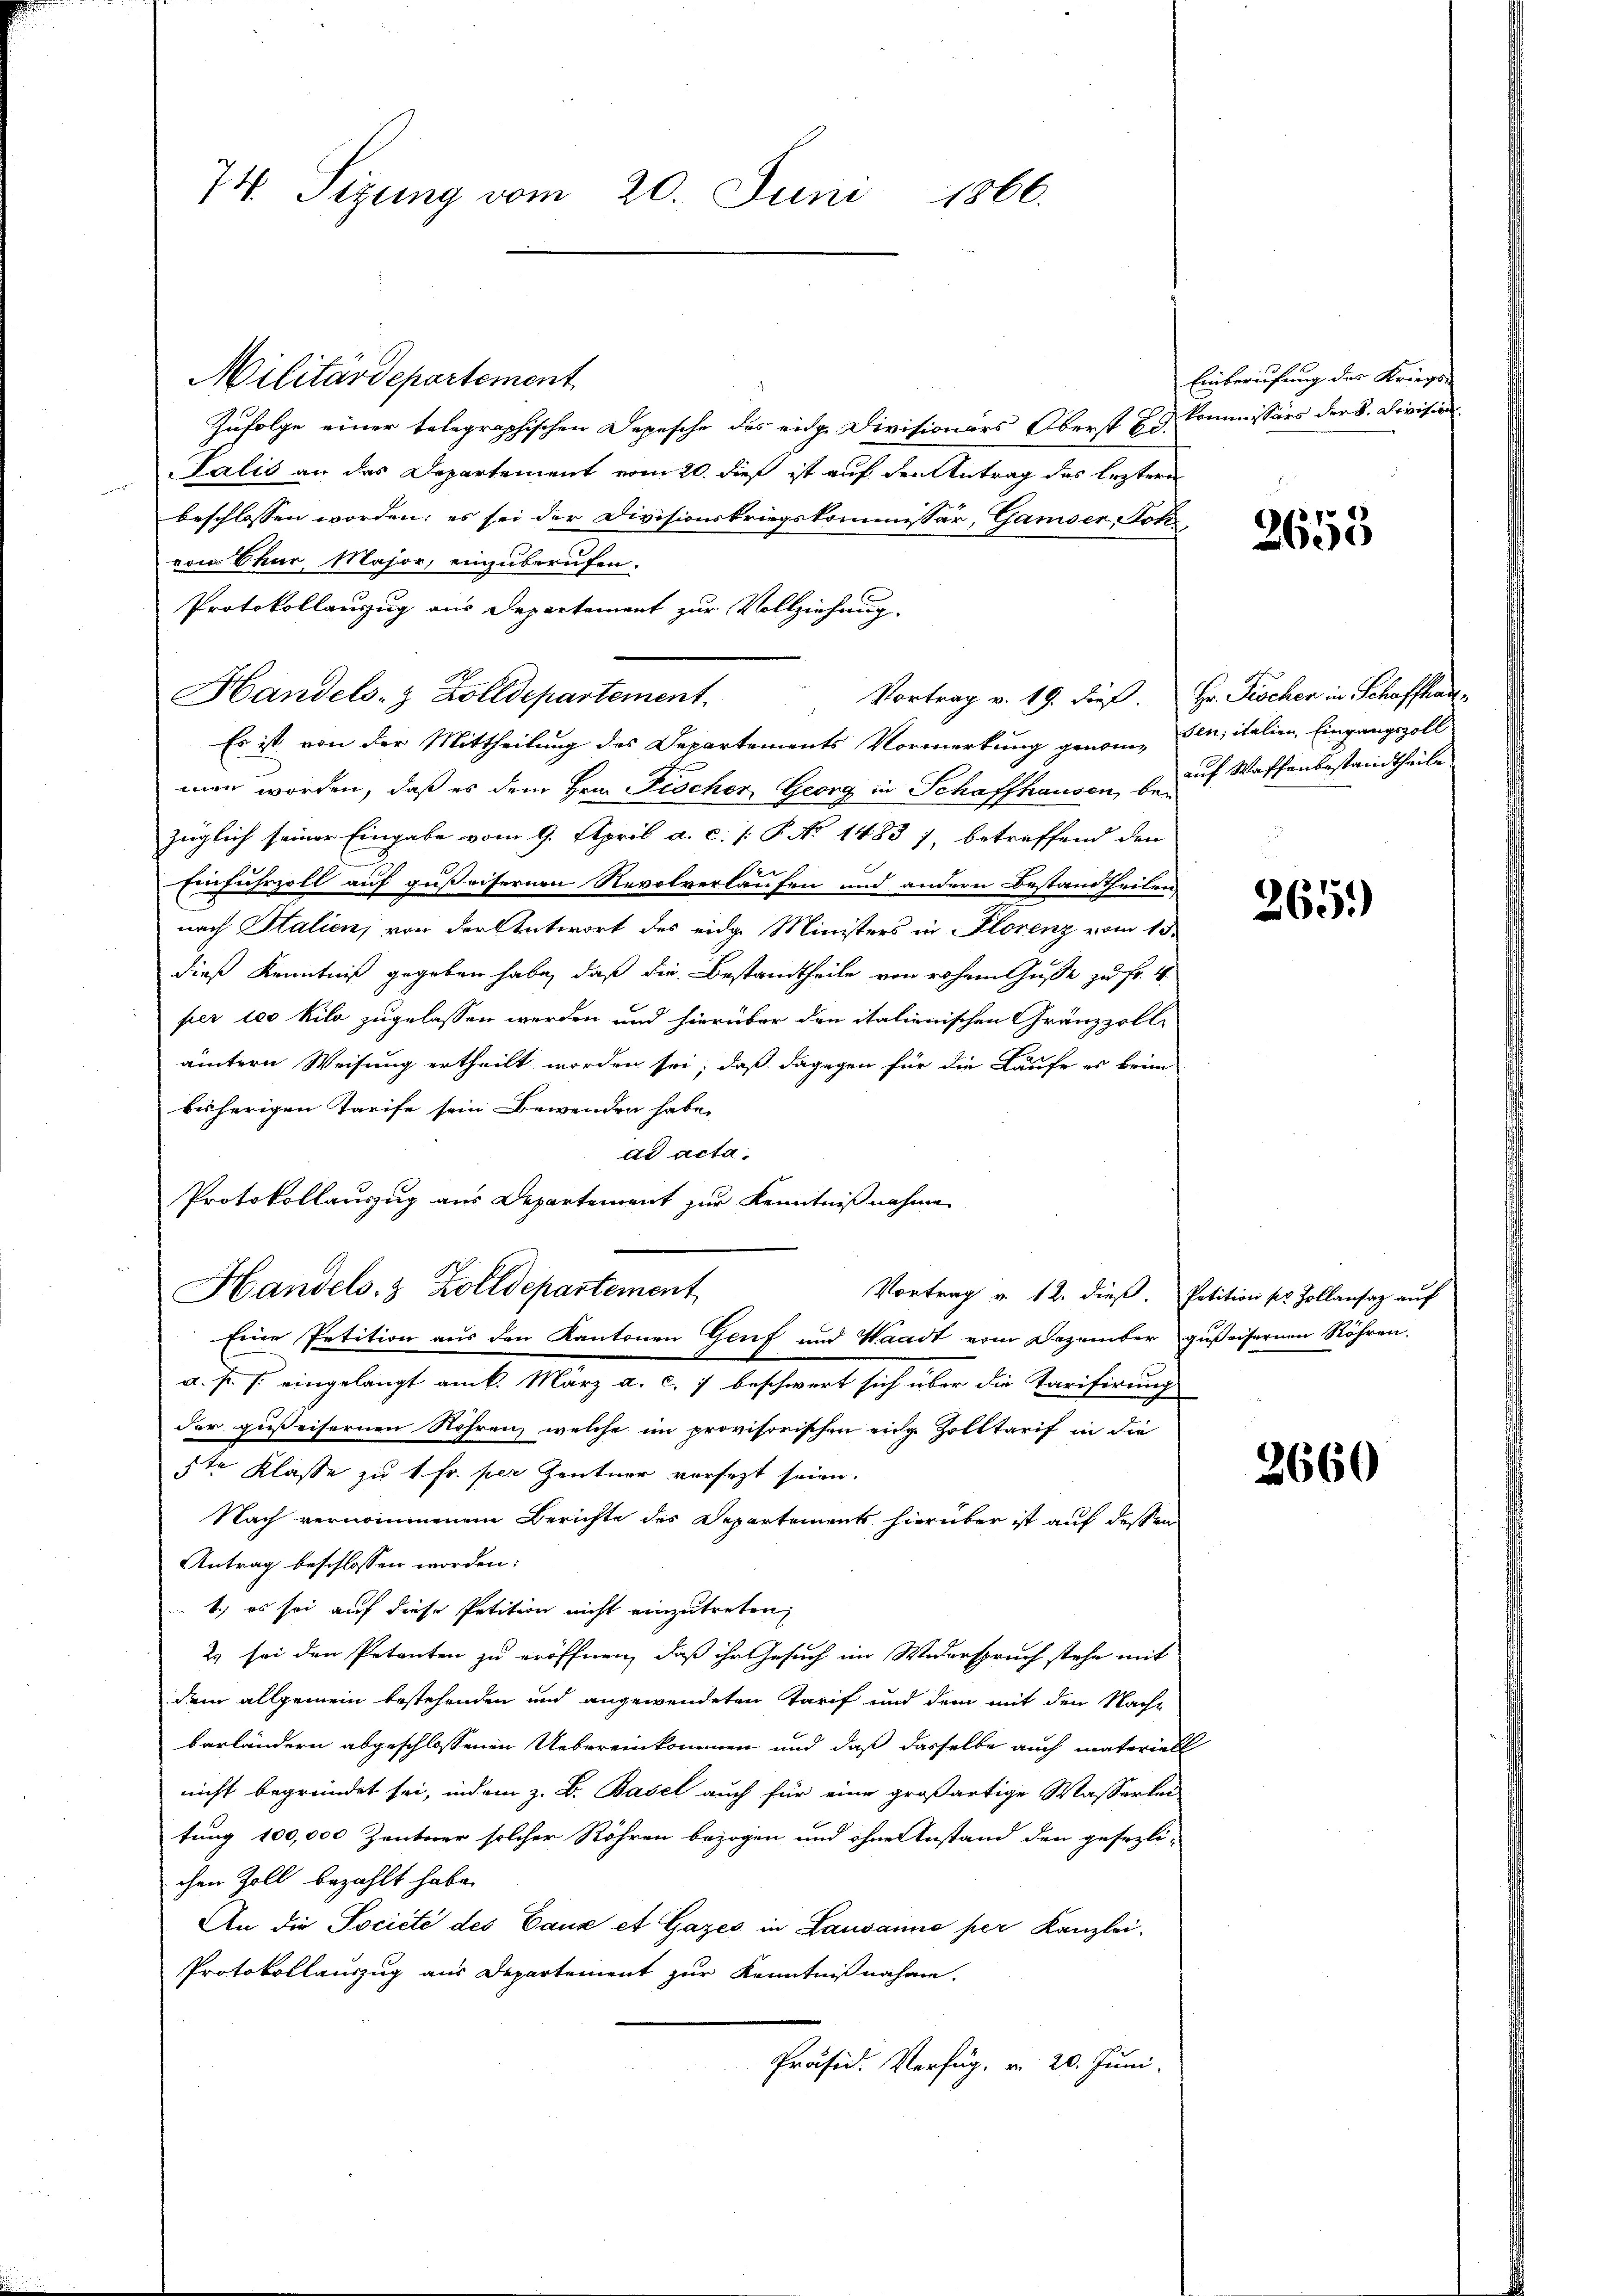
74. Sizung vom 20. Juni 1866.

Militärdepartement
Zufolge einer telegraphischen Depesche des eidg. Divisionärs Oberst E. Kommissärs der 8. Division
Palis an das Departement vom 20. dieß ist auf den Antrag des leztern
beschlossen worden; es sei der Divisionskriegskommissär, Gamser Soh
von Chur, Major, einzuberufen.
Protokollauszug aus Departement zur Vollziehung.
Es ist von der Mittheilung des Departements Vormerkung genommen worden, daß es dem Hrn. Fischer Georg in Schaffhausen, bezüglich seiner Eingabe vom 9. April a. c. /: P. No 1483), betreffend den
Einfuhrzoll auf gußeisernen Revolverlaufen und andern Bestandtheilen,
nach Italien, von der Antwort des eidg. Ministers in Florenz vom 13.
dieß Kenntniß gegeben habe, daß die Bestandtheile von rohem Guse zu Fr. 4
per 100 Kilo zugelassen werden und hierüber den italienischen Gränzzolle
ämtern Weisung ertheilt worden sei, daß dagegen für die Laufe es beim
bisherigen Tarife sein Bewenden habe.
dd acta.
Protokollauszug aus Departement zur Kenntnißnahme
Handels. 3 Zolldepartement
Vortrag v. 12. dieß. Petition pr. Zollansaz auf
Eine Petition aus den Kantonen Genf und Waadt vom Dezember gußeisernen Röhren.
a. p. s. eingelangt am k. März a. c. 1 beschwert sich über die Tarifirung
der gußeisernen Röhren, welche im provisorischen einge Zolltarif in die
ste Klasse zu 1 Fr. per Zentner versezt seien.
Nach vernommenem Berichte des Departements hierüber ist auf dessen
Antrag beschlossen worden:
1.) es sei auf diese Petition nicht einzutreten
2) sei den Petenten zu eröffnen, daß ihr Gesuch im Widerspruch stehe mit
dem allgemein bestehenden und angewendeten Tarif und dem mit den Nache
barländern abgeschlossenen Uebereinkommen und daß dasselbe auch materiell
nicht begründet sei, indem z. B. Basel auch für eine großartige Wassertei
tung 100,000 Zentner solcher Röhren bezogen und ohne Anstand den gesezli-
chen Zoll bezahlt habe.
An die Societe des Caux et Gazes in Lausanno per Kanzlei,
Protokollauszug aus Departement zur Kenntnißnahme.
Präsid. Verfüg, v. 20. Juni.

Handels- & Zolldepartement. Vortrag v. 19. dieβ. Hr. Fischer in Schaffhau¬

Einberufung des Kriegs

2655

sen; italien, Eingangszoll
auf Waffenbestandtheile

265)

2660